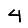
Digit: 4